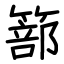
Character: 篰